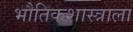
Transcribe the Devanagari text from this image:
भौतिकशास्त्राला